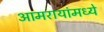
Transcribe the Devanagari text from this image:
आमरायांमध्ये